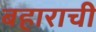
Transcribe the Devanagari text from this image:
बहाराची